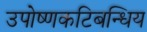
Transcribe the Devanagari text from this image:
उपोष्णकटिबन्धिय